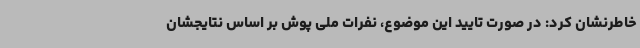
خاطرنشان کرد: در صورت تایید این موضوع، نفرات ملی پوش بر اساس نتایجشان